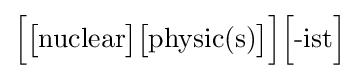
{\Big [}{\big [}{\mbox{nuclear}}{\big ]}{\big [}{\mbox{physic(s)}}{\big ]}{\Big ]}{\Big [}{\mbox{-ist}}{\Big ]}